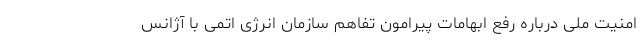
امنیت ملی درباره رفع ابهامات پیرامون تفاهم سازمان انرژی اتمی با آژانس